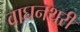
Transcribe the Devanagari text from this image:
वाघनथरी